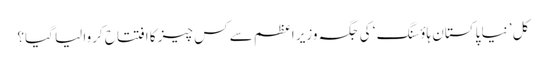
کل ’ نیا پاکستان ہاؤسنگ ‘ کی جگہ وزیر اعظم سے کس چیز کا افتتاح کروا لیا گیا؟